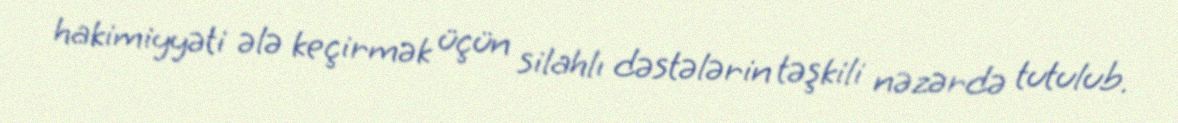
hakimiyyəti ələ keçirmək üçün silahlı dəstələrin təşkili nəzərdə tutulub.